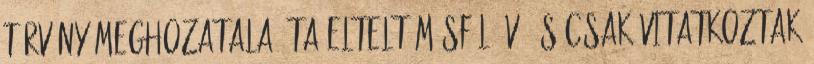
törvény meghozatala óta eltelt másfél év, és csak vitatkoztak